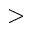
>